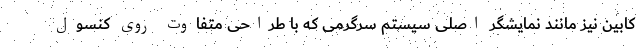
کابین نیز مانند نمایشگر اصلی سیستم سرگرمی که با طراحی متفاوت روی کنسول